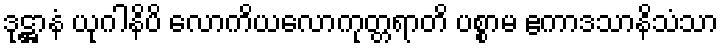
ဒုဋ္ဌာနံ ယုဂါနိပိ လောကိယလောကုတ္တရာတိ ပစ္စာမ ဧကာဒသာနိသံသာ